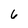
Character: 6